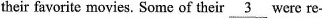
their favorite movies. Some of their \underline{ 3 } were re-